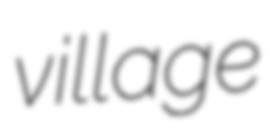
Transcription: village